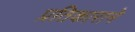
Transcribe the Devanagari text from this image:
प्रतिकाराने